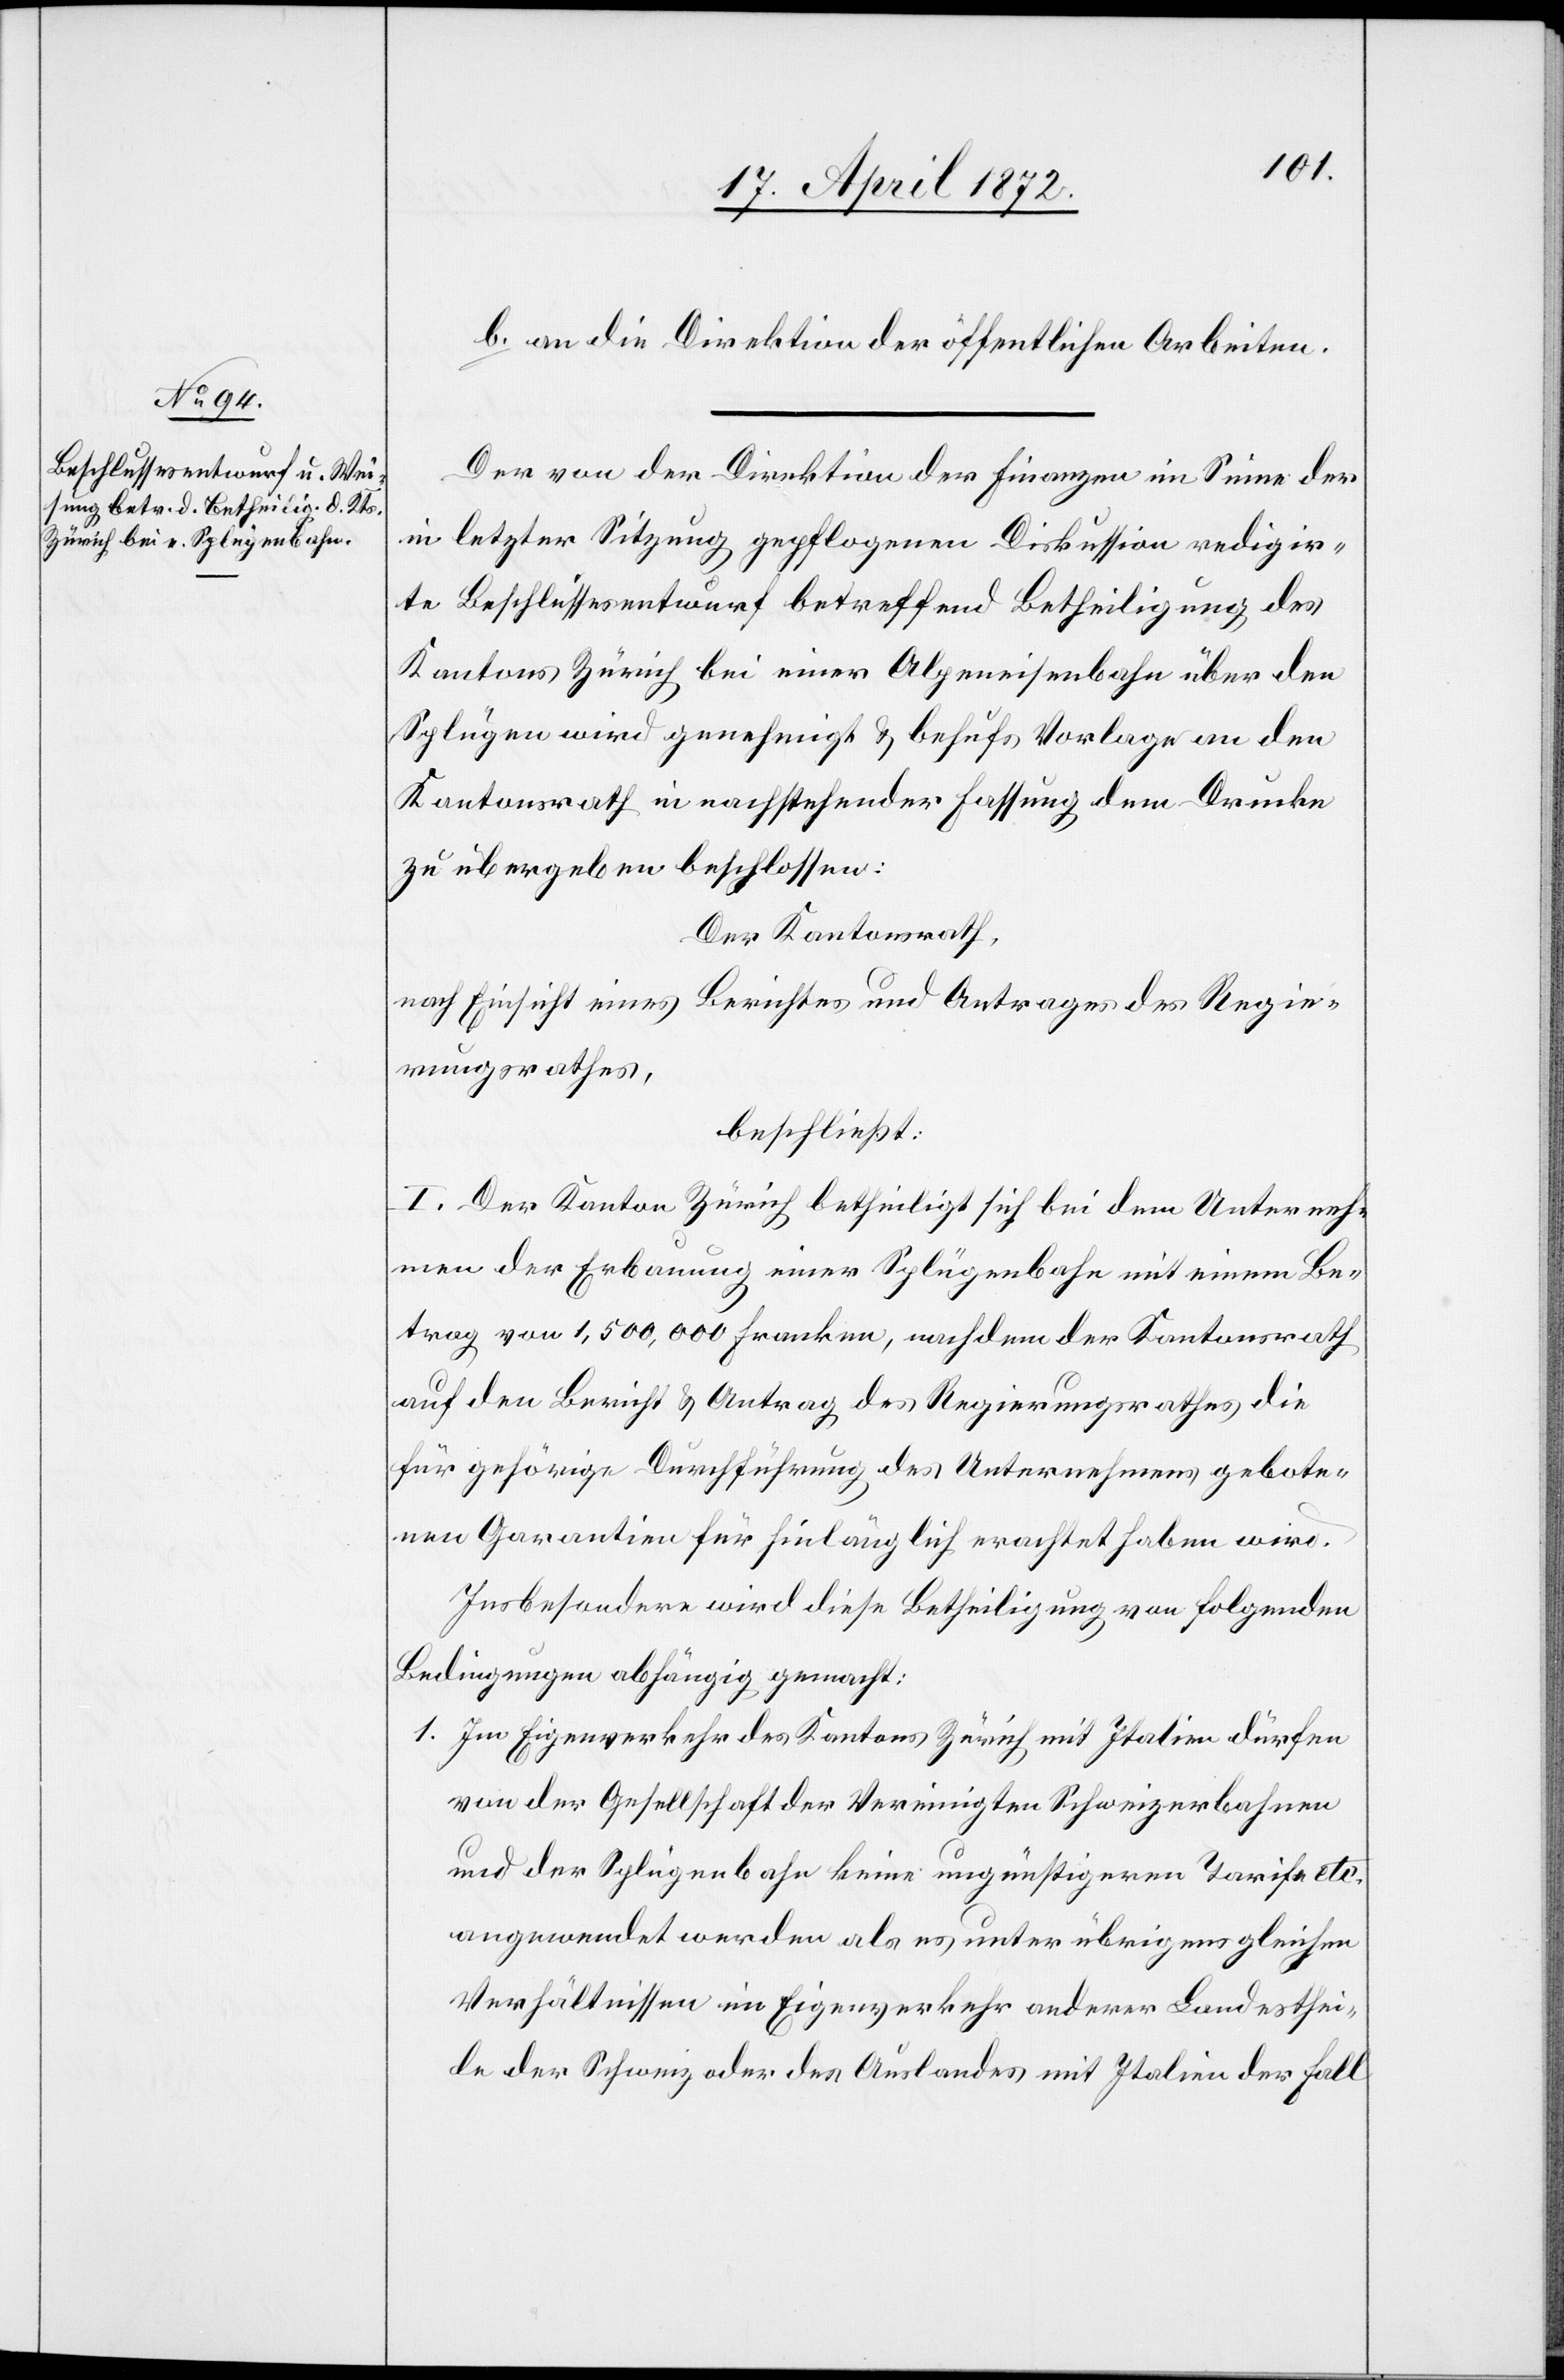
b. an die Direktion der öffentlichen Arbeiten.
Der von der Direktion der Finanzen im Sinne der
in letzter Sitzung gepflogenen Diskussion redigir¬
te Beschlussesentwurf betreffend Betheiligung des
Kantons Zürich bei einer Alpeneisenbahn über den
Splügen wird genehmigt u. behufs Vorlage an den
Kantonsrath in nachstehender Fassung dem Drucke
zu übergeben beschlossen:
Der Kantonsrath,
nach Einsicht eines Berichtes und Antrages des Regie¬
rungsrathes,
beschließt:
I. Der Kanton Zürich betheiligt sich bei dem Unterneh¬
men der Erbauung einer Splügenbahn mit einem Be¬
trag von 1,500,000 Franken, nachdem der Kantonsrath
auf den Bericht u. Antrag des Regierungsrathes die
für gehörige Durchführung des Unternehmens gebote¬
nen Garantien für hinlänglich erachtet haben wird.
Insbesondere wird diese Betheiligung von folgenden
Bedingungen abhängig gemacht:
1. Im Eigenverkehr des Kantons Zürich mit Italien dürfen
von der Gesellschaft der Vereinigten Schweizerbahnen
und der Splügenbahn keine ungünstigeren Tarife etc.
angewendet werden als es unter übrigens gleichen
Verhältnissen im Eigenverkehr anderer Landesthei¬
le der Schweiz oder des Auslandes mit Italien der Fall